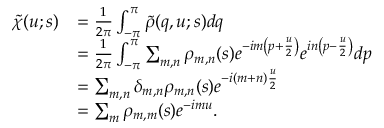
\begin{array} { r l } { \tilde { \chi } ( u ; s ) } & { = \frac { 1 } { 2 \pi } \int _ { - \pi } ^ { \pi } \tilde { \rho } ( q , u ; s ) d q } \\ & { = \frac { 1 } { 2 \pi } \int _ { - \pi } ^ { \pi } \sum _ { m , n } \rho _ { m , n } ( s ) e ^ { - i m \left( p + \frac { u } { 2 } \right) } e ^ { i n \left( p - \frac { u } { 2 } \right) } d p } \\ & { = \sum _ { m , n } \delta _ { m , n } \rho _ { m , n } ( s ) e ^ { - i ( m + n ) \frac { u } { 2 } } } \\ & { = \sum _ { m } \rho _ { m , m } ( s ) e ^ { - i m u } . } \end{array}